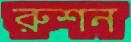
রুশন